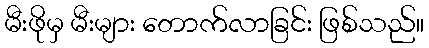
မီးဖိုမှ မီးများ တောက်လာခြင်း ဖြစ်သည်။